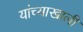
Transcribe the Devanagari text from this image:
यांच्याखाली